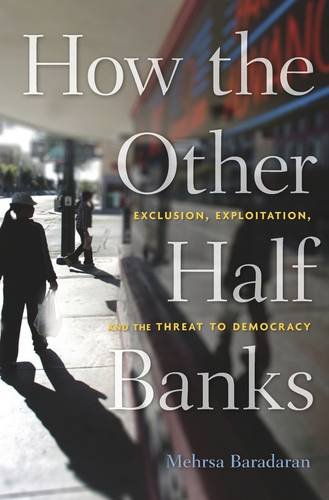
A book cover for How the Other Half Banks: Exclusion, Exploitation, and the Threat to Democracy; Mehrsa Baradaran; Business & Money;